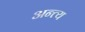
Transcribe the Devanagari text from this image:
अन्‍त्‍य